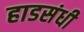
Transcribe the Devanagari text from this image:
हाडसंधी